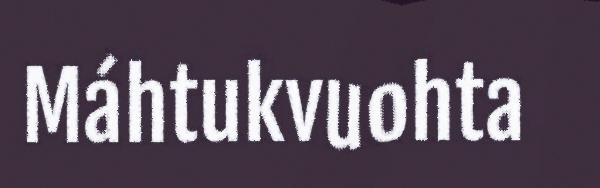
Máhtukvuohta